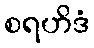
စရဟိဒံ